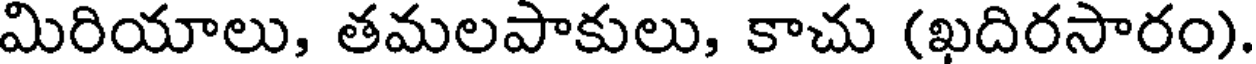
మిరియాలు, తమలపాకులు, కాచు (ఖదిరసారం)